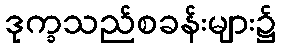
ဒုက္ခသည်စခန်းများ၌